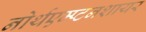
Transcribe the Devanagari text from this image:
नोर्थएम्प्टनशायर